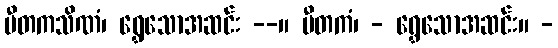
ပီတကသိဏံ၊ ရွှေသောအဆင်း --။ ပီတကံ၊ - ရွှေသောအဆင်း။ -